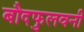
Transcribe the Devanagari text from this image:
बौदफुलवनी